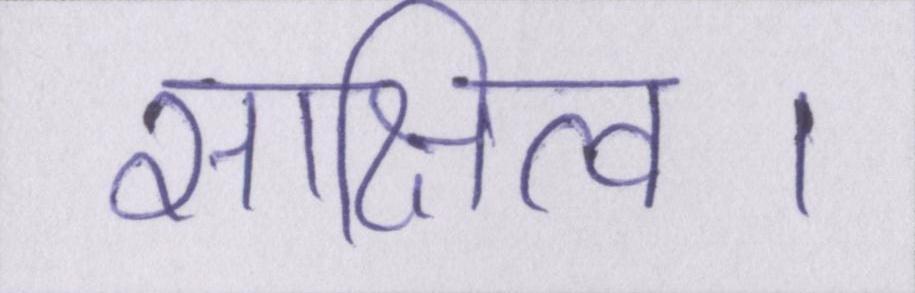
साक्षित्व।